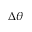
\Delta \theta